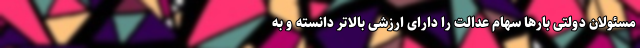
مسئولان دولتی بارها سهام عدالت را دارای ارزشی بالاتر دانسته و به